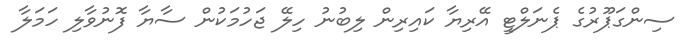
ސިންގަޕޫރުގެ ޕެނަލްޓީ އޭރިޔާ ކައިރިން ލިބުނު ހިލޭ ޖަހުމަކުން ސާޔާ ފޮނުވާލި ހަމަލާ